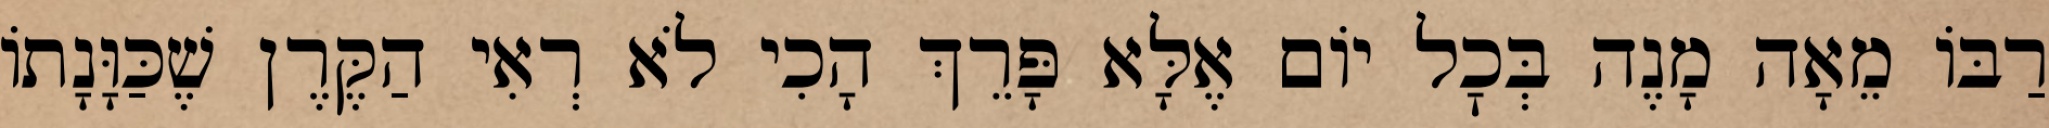
רַבּוֹ מֵאָה מָנֶה בְּכׇל יוֹם אֶלָּא פָּרֵךְ הָכִי לֹא רְאִי הַקֶּרֶן שֶׁכַּוָּנָתוֹ